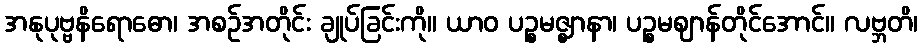
အနုပုဗ္ဗနိရောဓော၊ အစဉ်အတိုင်း ချုပ်ခြင်းကို။ ယာဝ ပဉ္စမဇ္ဈာနာ၊ ပဉ္စမဈာန်တိုင်အောင်။ လဗ္ဘတိ၊